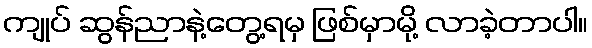
ကျုပ် ဆွန်ညာနဲ့တွေ့ရမှ ဖြစ်မှာမို့ လာခဲ့တာပါ။